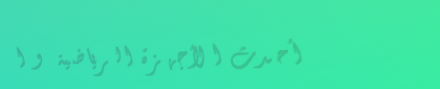
أحدث الأجهزة الرياضية و ا